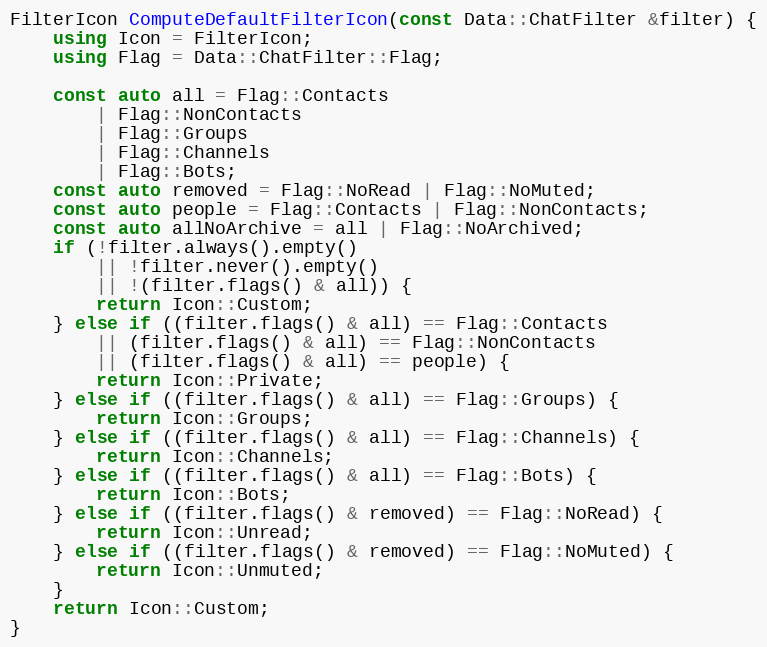
Language: C++
FilterIcon ComputeDefaultFilterIcon(const Data::ChatFilter &filter) {
	using Icon = FilterIcon;
	using Flag = Data::ChatFilter::Flag;

	const auto all = Flag::Contacts
		| Flag::NonContacts
		| Flag::Groups
		| Flag::Channels
		| Flag::Bots;
	const auto removed = Flag::NoRead | Flag::NoMuted;
	const auto people = Flag::Contacts | Flag::NonContacts;
	const auto allNoArchive = all | Flag::NoArchived;
	if (!filter.always().empty()
		|| !filter.never().empty()
		|| !(filter.flags() & all)) {
		return Icon::Custom;
	} else if ((filter.flags() & all) == Flag::Contacts
		|| (filter.flags() & all) == Flag::NonContacts
		|| (filter.flags() & all) == people) {
		return Icon::Private;
	} else if ((filter.flags() & all) == Flag::Groups) {
		return Icon::Groups;
	} else if ((filter.flags() & all) == Flag::Channels) {
		return Icon::Channels;
	} else if ((filter.flags() & all) == Flag::Bots) {
		return Icon::Bots;
	} else if ((filter.flags() & removed) == Flag::NoRead) {
		return Icon::Unread;
	} else if ((filter.flags() & removed) == Flag::NoMuted) {
		return Icon::Unmuted;
	}
	return Icon::Custom;
}